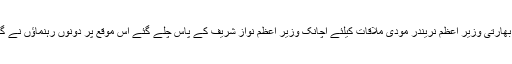
تفصیلات کے مطابق عالمی موحولیاتی کانفرنس کے موقع پر بھارتی وزیر اعظم نریندر مودی ملاقات کیلئے اچانک وزیر اعظم نواز شریف کے پاس چلے گئے اس موقع پر دونوں رہنماؤں نے گرم جوشی سے مصالحہ کیا اور ایک ہی صوفے پر بیٹھ گئے ۔